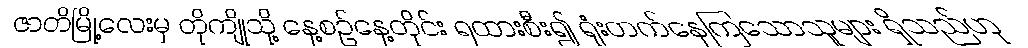
ဇာတိမြို့လေးမှ တိုကျိုသို့ နေ့စဉ်နေ့တိုင်း ရထားစီး၍ ရုံးတက်နေကြသောသူများ ရှိသည်ဟု